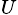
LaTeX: _U